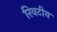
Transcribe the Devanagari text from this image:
रिवटीय